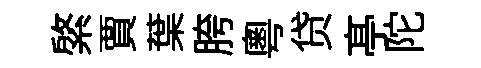
綮賈葉胯粵贷𠅘陀